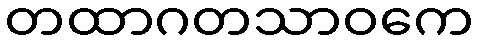
တထာဂတသာဝကေ